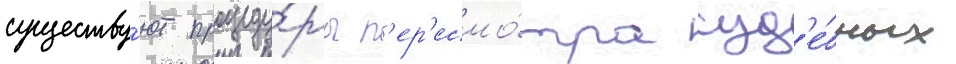
существу́ют процеду́ры п'ер'есмо́тра суд'е́бных